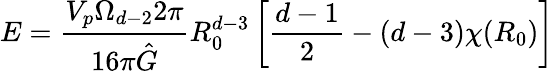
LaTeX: E=\frac{V_{p}\Omega_{d-2}2\pi}{16\pi\hat{G}}R_{0}^{d-3}\left[\frac{d-1}{2}-(d-3)\chi(R_{0})\right]